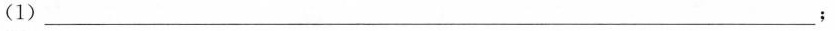
(1)\underline；